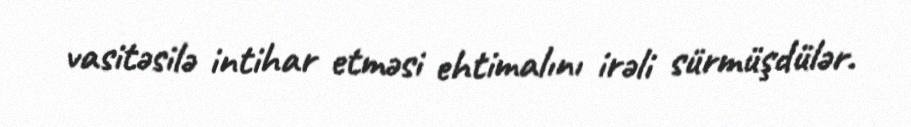
vasitəsilə intihar etməsi ehtimalını irəli sürmüşdülər.